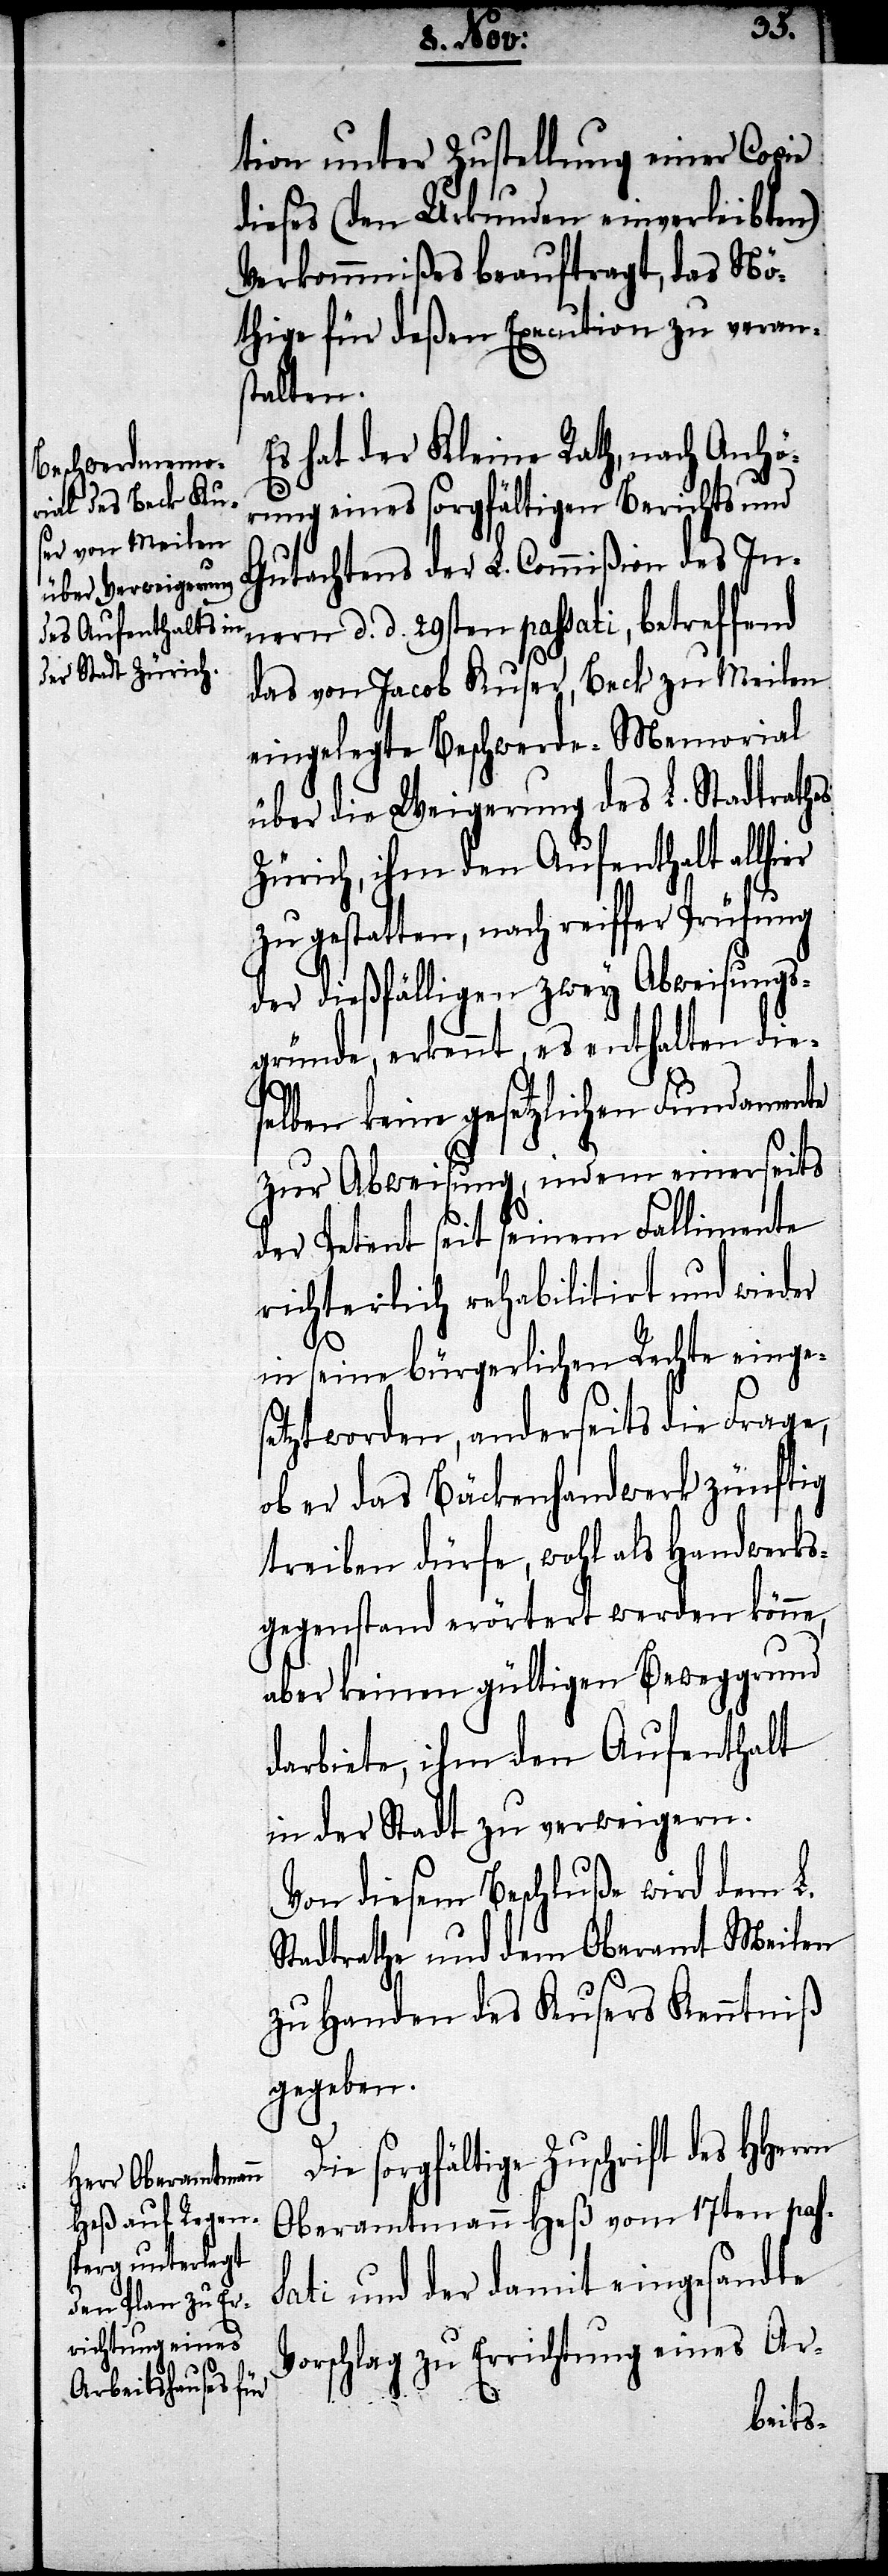
tion unter Zustellung einer Copie
dieses (den Urkunden einverleibten)
Verkommnißes beauftragt, das Nö¬
thige für deßen Execution zu verans¬
talten.
Es hat der Kleine Rath, nach Anhö¬
rung eines sorgfältigen Berichts und
Gutachtens der L. Commißion des In¬
nern d. d. 29sten passati, betreffend
das von Jacob Kuser, Beck zu Meilen
eingelegte Beschwerde-Memorial
über die Weigerung des L. Stadtrathes
Zürich, ihm den Aufenthalt allhier
zu gestatten, nach reiffer Prüfung
der dießfälligen zwey Abweisungs¬
gründe, erkennt, es enthalten dies¬
elben keine gesetzlichen Fundamente
zur Abweisung, indem einerseits
der Petent seit seinem Fallimente
richterlich rehabilitirt und wieder
in seine bürgerlichen Rechte einges¬
etzt worden, anderseits die Frage,
ob er das Backenhandwerk zünftig
treiben dürfe, wohl als Handwerks¬
gegenstand erörtert werden könne,
aber keinen gültigen Beweggrund
darbiete, ihm den Aufenthalt
in der Stadt zu verweigern.
Von diesem Beschluß wird dem L.
Stadtrathe und dem Oberamt Meilen
zu Handen des Kusers Kenntniß
gegeben.
Die sorgfältige Zuschrift des
Oberamtmann Heß vom 17ten pas¬
sati und der damit eingesandte
Vorschlag zu Errichtung eines Ar-